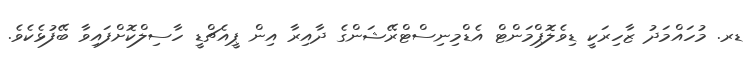
ޑރ. މުހައްމަދު ޒާހިރަކީ ޑިވެލޮޕްމަންޓް އެޑްމިނިސްޓްރޭޝަންގެ ދާއިރާ އިން ޕީއެޗްޑީ ހާސިލްކޮށްފައިވާ ބޭފުޅެކެވެ.